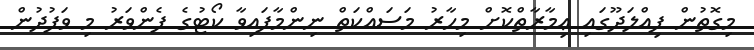
މިގޮތުން ފިއްލަދޫގައި ޢިމާރާތްކޮށް މިހާރު މަސައްކަތް ނިންމާފައިވާ ކޯޓުގެ ފެންވަރު މި ވަފުދުން